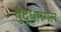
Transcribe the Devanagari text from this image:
बुद्धमंगल